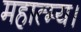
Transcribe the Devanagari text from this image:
महात्म्य।